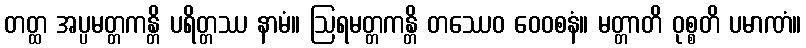
တတ္ထ အပ္ပမတ္တကန္တိ ပရိတ္တဿ နာမံ။ ဩရမတ္တကန္တိ တဿေဝ ဝေဝစနံ။ မတ္တာတိ ဝုစ္စတိ ပမာဏံ။